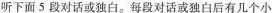
听下面5段对话或独白。每段对话或独白后有几个小